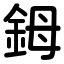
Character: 鉧